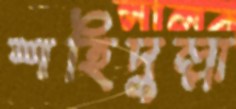
শহিদুল্লা